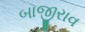
બાજીરાવ